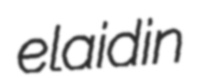
elaidin